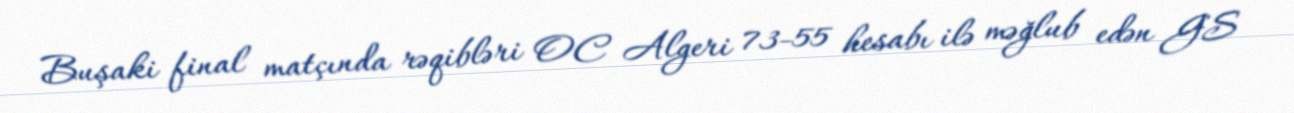
Buşaki final matçında rəqibləri OC Algeri 73-55 hesabı ilə məğlub edən GS